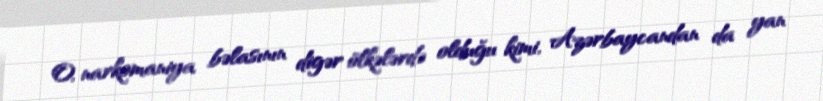
O, narkomaniya bəlasının digər ölkələrdə olduğu kimi, Azərbaycandan da yan